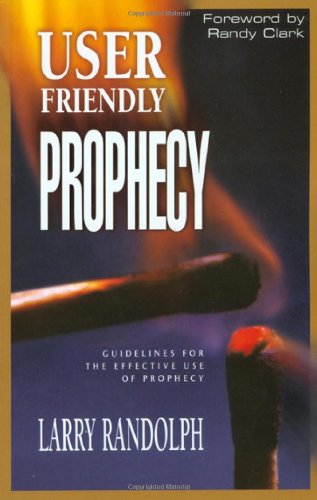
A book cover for User Friendly Prophecy; Larry Randolph; Christian Books & Bibles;